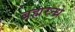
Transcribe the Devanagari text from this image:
ब्रह्मरन्ध्रे